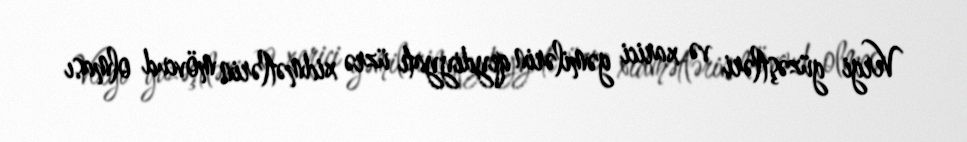
Vergi güzəştləri və xarici gəmilərin qeydiyyatı üzrə xidmətlərin mövcud olması